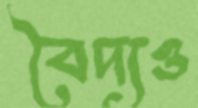
বৈদ্যও